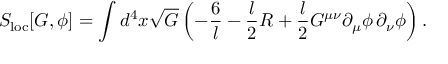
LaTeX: S _ { \mathrm { l o c } } [ G , \phi ] = \int d ^ { 4 } x \sqrt { G } \left( - \frac { 6 } { l } - { \frac { l } { 2 } } R + { \frac { l } { 2 } } G ^ { \mu \nu } \partial _ { \mu } \phi \, \partial _ { \nu } \phi \right) .